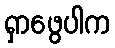
ရှာဖွေပါက